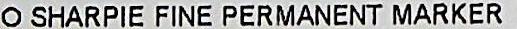
O SHARPIE FINE PERMANENT MARKER